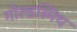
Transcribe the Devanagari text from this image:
गोल्‍डस्‍मिथ